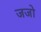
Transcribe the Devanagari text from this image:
जजो